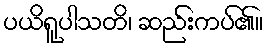
ပယိရူပါသတိ၊ ဆည်းကပ်၏။